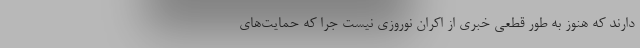
دارند که هنوز به طور قطعی خبری از اکران نوروزی نیست جرا که حمایت‌های